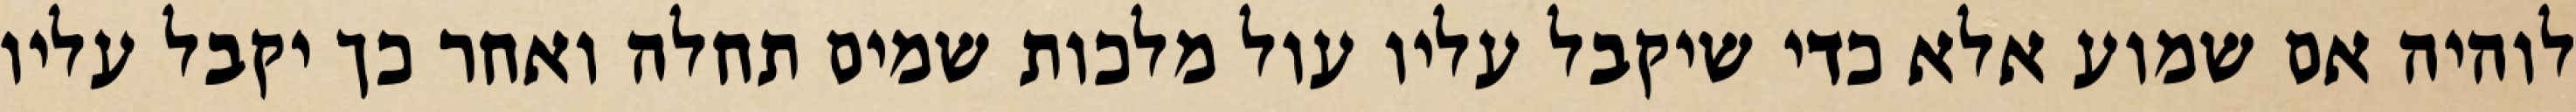
לוהיה אם שמוע אלא כדי שיקבל עליו עול מלכות שמים תחלה ואחר כך יקבל עליו